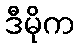
ဒီမိုက